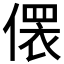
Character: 𪝢